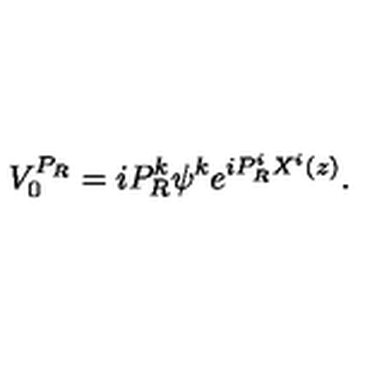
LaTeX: V _ { 0 } ^ { P _ { R } } = i P _ { R } ^ { k } \psi ^ { k } e ^ { i P _ { R } ^ { i } X ^ { i } ( z ) } .